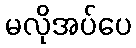
မလိုအပ်ပေ